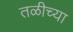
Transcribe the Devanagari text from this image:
तळीच्या